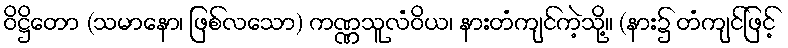
ဝိဋ္ဌိတော (သမာနော၊ ဖြစ်လသော) ကဏ္ဏသူလံဝိယ၊ နားတံကျင်ကဲ့သို့။ (နား၌ တံကျင်ဖြင့်